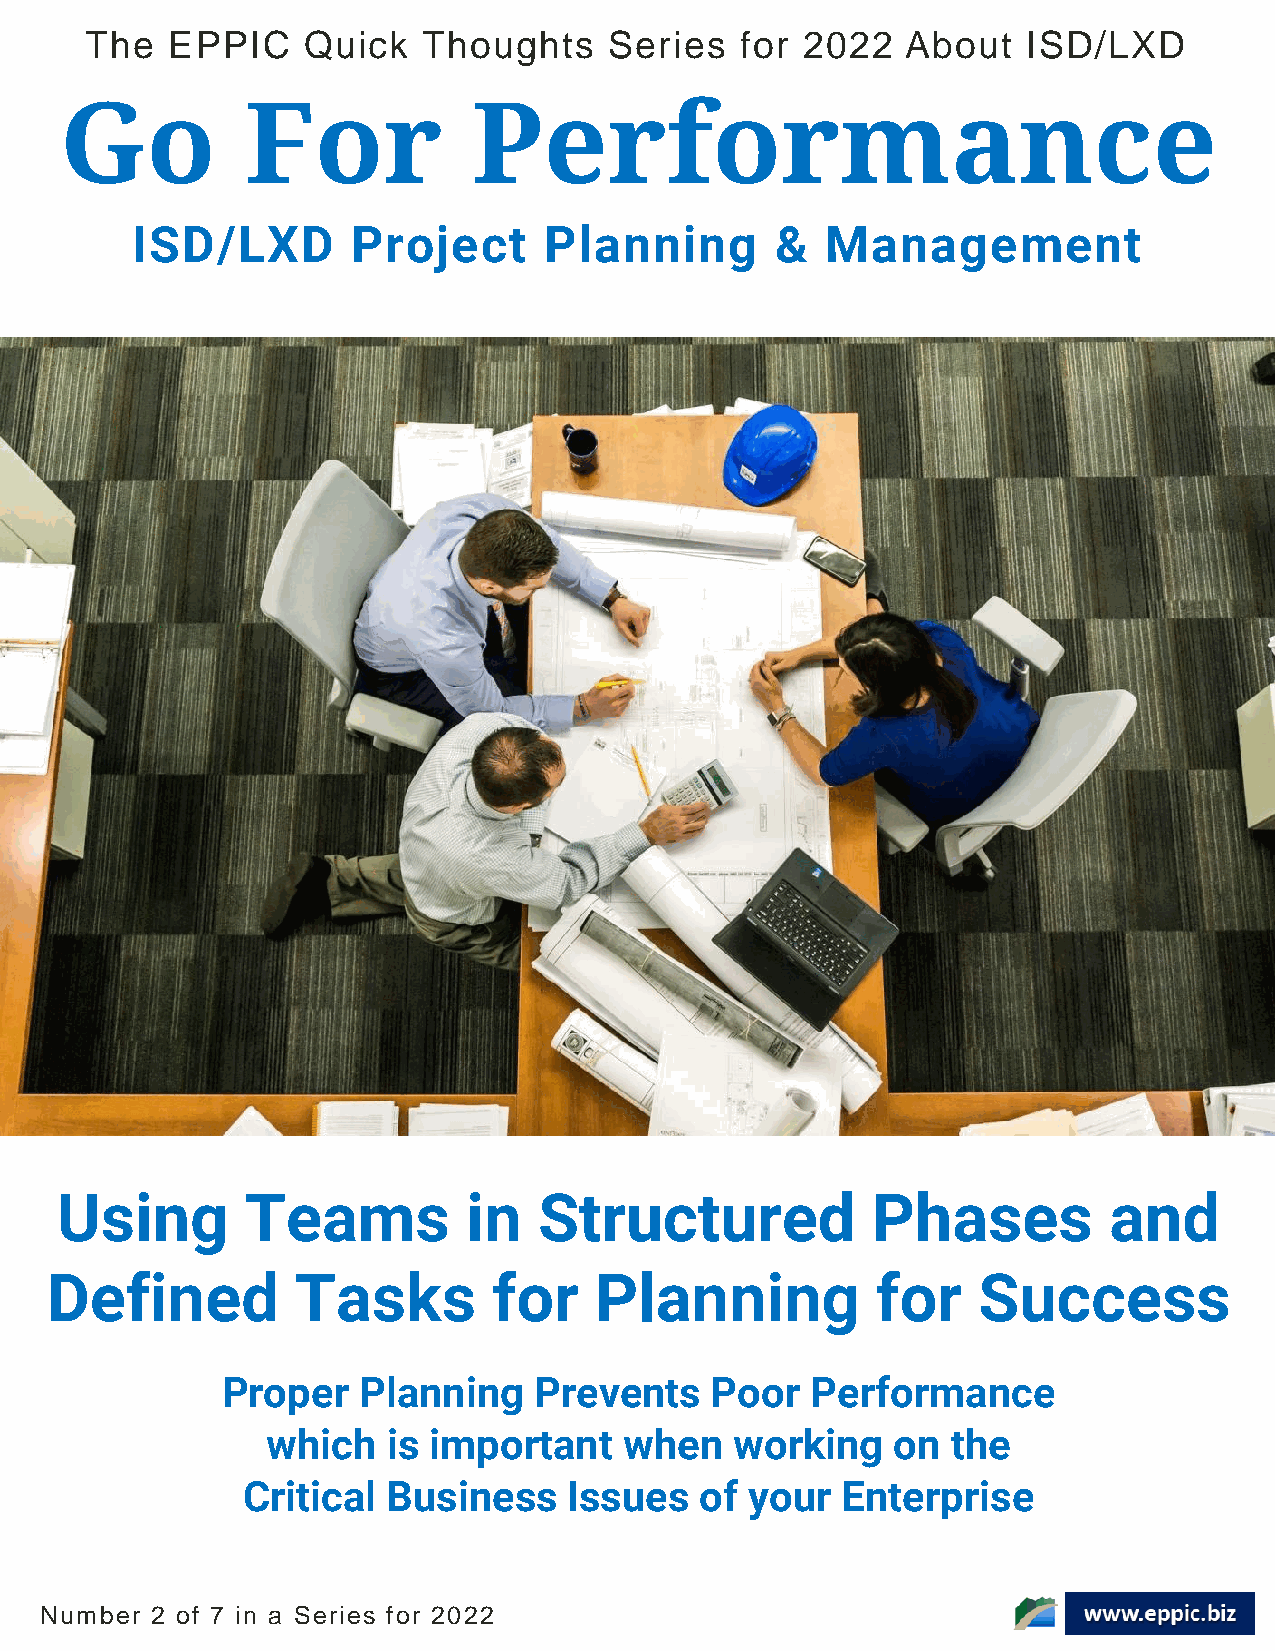
The  EPPIC    Quick   Thoughts    Series   for 2022   About   ISD/LXD
 Go          For            Performance
 ISD/LXD       Project      Planning       &   Management
 Using       Teams          in   Structured            Phases         and
 Defined          Tasks        for   Planning           for    Success
 Proper   Planning   Prevents    Poor   Performance
 which   is important   when    working   on  the
 Critical  Business    Issues  of  your  Enterprise
 1
 Number 2 of 7 in a Series for 2022